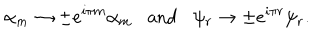
\alpha _ { m } \rightarrow \pm e ^ { i \pi m } \alpha _ { m } \mathrm { a n d } \psi _ { r } \rightarrow \pm e ^ { i \pi r } \psi _ { r } .